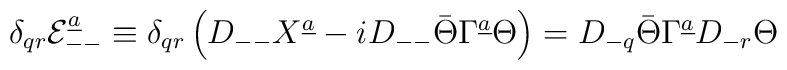
\delta_{qr}{\cal E}_{--}^{\underline a}\equiv \delta_{qr}\left(D_{--} X^{\underline a}-iD_{--}\bar\Theta\Gamma^{\underline a}\Theta\right)=D_{-q}\bar\Theta\Gamma^{\underline a}D_{-r}\Theta